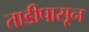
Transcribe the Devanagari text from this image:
ताडीपासून